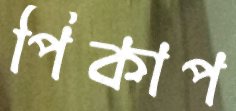
পিকাপ